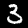
Label: 3